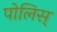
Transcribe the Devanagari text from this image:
पोलिस्